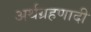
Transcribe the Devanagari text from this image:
अर्थग्रहणादी